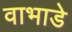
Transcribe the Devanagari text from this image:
वाभाडे